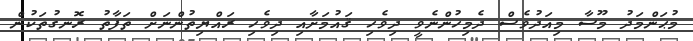
މުޙަންމަދު މޫސާ މިއަދުވެސް ދެމިހުންނެވީ ދިވެހި ޤައުމަށާއި ދިވެހި ރައްޔިތުންނަށް ތަފާތު ރޮނގުތަކުން